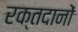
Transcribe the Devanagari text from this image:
रक्तदानों